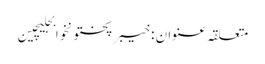
متعلقہ عنوان : خیبرپختونخوابجلیچین